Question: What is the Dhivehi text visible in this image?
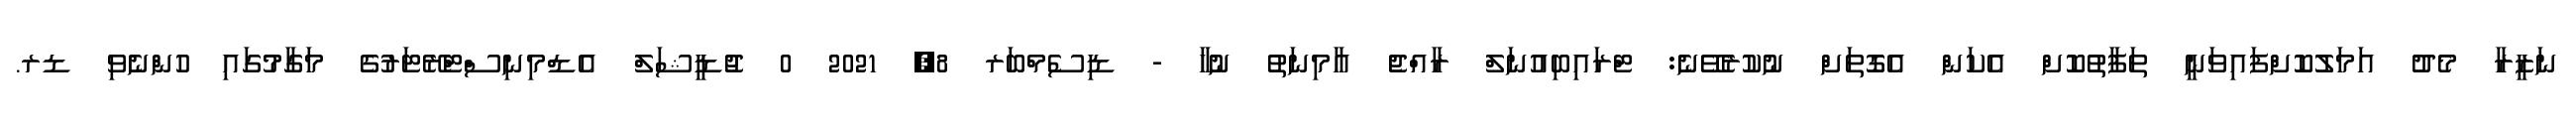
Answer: ނަޒީރާ މެދު އަމަލުކޮށްފައިވަނީ ތަފާތުކޮށް އެކަން އެގޮތަށް ނުކުރެވޭނެ: ޓްރައިބިއުނަލް ރާއްޖެ އާމިނަތު ނުހާ - ޑިސެމްބަރ 8, 2021 0 ޖުޑީޝަލް އެޑްމިނިސްޓްރޭޓަރުގެ މަގާމުގައި ހުންނެވި ޑރ.